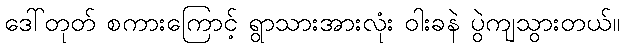
ဒေါ်တုတ် စကားကြောင့် ရွာသားအားလုံး ဝါးခနဲ ပွဲကျသွားတယ်။